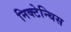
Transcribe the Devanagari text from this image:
निक्टेन्थिस